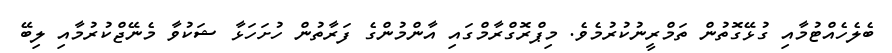
ބެލެހެއްޓުމާއި ގުޅޭގޮތުން ތަމްރީނުކުރުމެވެ. މިޕްރޮގްރާމްގައި އާންމުންގެ ފަރާތުން ހުށަހަޅާ ޝަކުވާ މެނޭޖްކުރުމާއި ލިބޭ